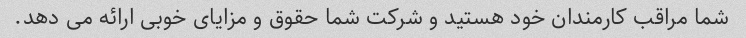
شما مراقب کارمندان خود هستید و شرکت شما حقوق و مزایای خوبی ارائه می دهد.